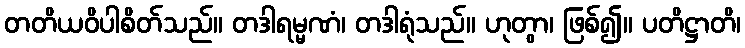
တတိယဝိပါစိတ်သည်။ တဒါရမ္မဏံ၊ တဒါရုံသည်။ ဟုတွာ၊ ဖြစ်၍။ ပတိဋ္ဌာတိ၊